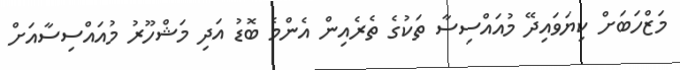
މަޒްހަބަށް ކިޔަވައިދޭ މުއައްސިސާ ތަކުގެ ތެރެއިން އެންމެ ބޮޑު އަދި މަޝްހޫރު މުއައްސިސާއަށް